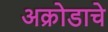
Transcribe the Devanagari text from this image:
अक्रोडाचे